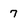
Character: 7